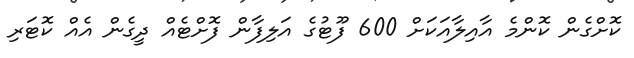
ކޮށްގެން ކޮންމެ އާއިލާއަކަށް 600 ފޫޓުގެ އަލިފާން ފޮށްޓެއް ދީގެން އެއް ކޮޓަރި